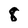
Character: 8